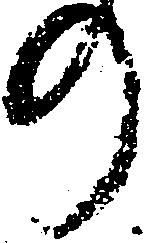
の